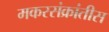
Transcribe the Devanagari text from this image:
मकरसंक्रांतीस